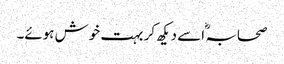
صحابہ ؓ اسے دیکھ کر بہت خوش ہوئے۔